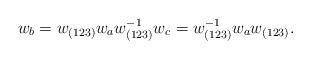
LaTeX: \begin{align*}w_b = w_{(123)}w_aw_{(123)}^{-1} w_c = w_{(123)}^{-1}w_aw_{(123)}.\end{align*}